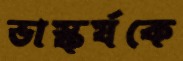
ভাস্কর্যকে